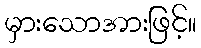
မှားသောအားဖြင့်။